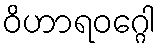
ဝိဟာရဝဂ္ဂေါ